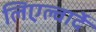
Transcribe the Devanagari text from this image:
लिएल्वार्दे